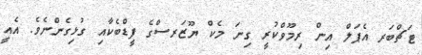
ޓަޗްބަރ އެޕަލް އިން ރިމޫވްކުރީ ގިނަ މެކް ޔޫޒަރސްގެ ފީޑްބެކާއި ގުޅިގެންނެވެ. އެއީ